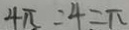
4 \pi = 4 = \pi